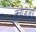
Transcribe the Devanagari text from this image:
क्लोज़अप